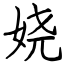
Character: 娆